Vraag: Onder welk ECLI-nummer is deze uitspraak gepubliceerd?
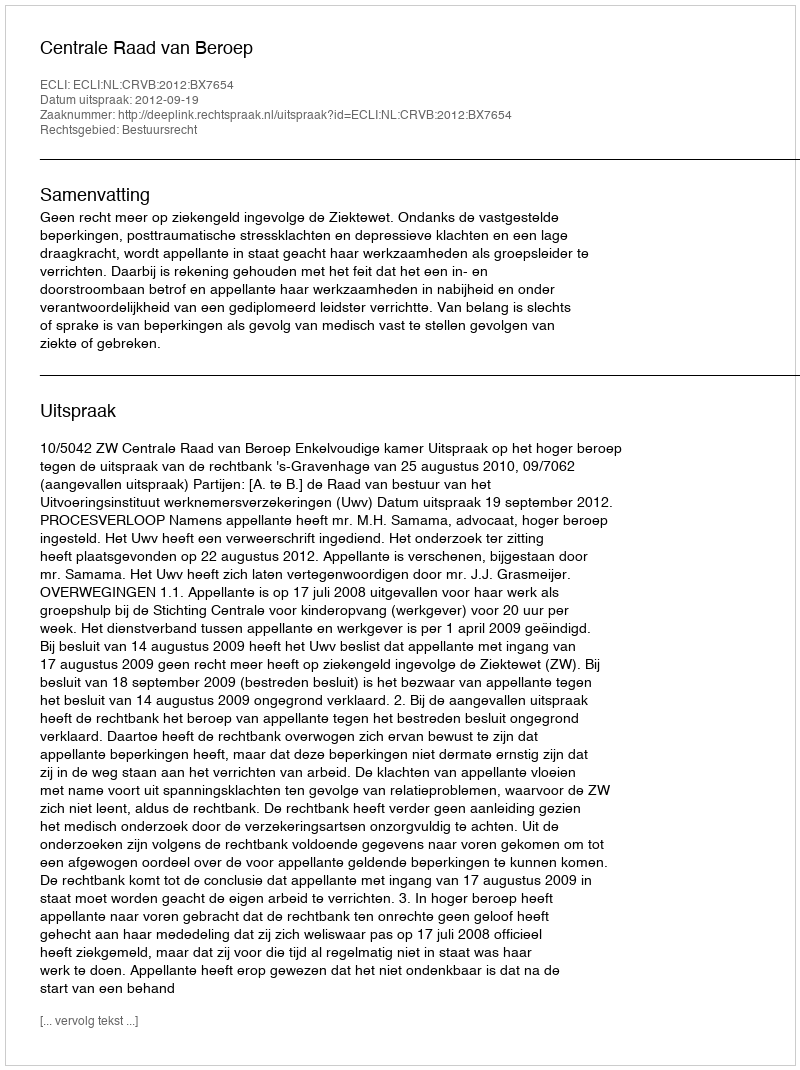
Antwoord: ECLI:NL:CRVB:2012:BX7654